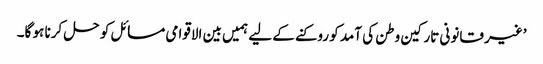
’غیر قانونی تارکین وطن کی آمد کو روکنے کے لیے ہمیں بین الاقوامی مسائل کو حل کرنا ہو گا۔